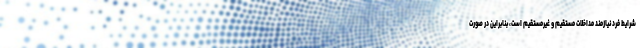
شرایط فرد نیازمند مداخلات مستقیم و غیرمستقیم است، بنابراین در صورت